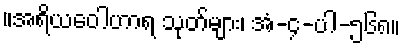
။အရိယဝေါဟာရ သုတ်များ၊ အံ-၄-ပါ-၅၆၈။